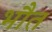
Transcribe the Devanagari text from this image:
भौत